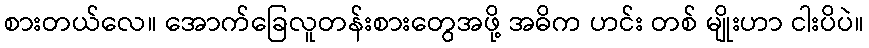
စားတယ်လေ။ အောက်ခြေလူတန်းစားတွေအဖို့ အဓိက ဟင်း တစ် မျိုးဟာ ငါးပိပဲ။